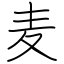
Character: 麦